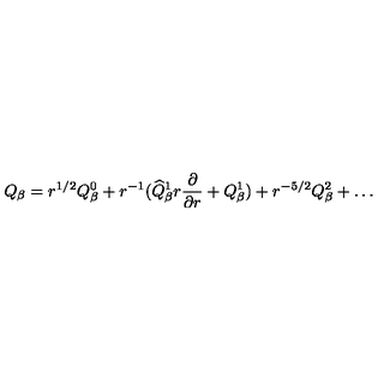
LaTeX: Q _ { \beta } = r ^ { 1 / 2 } Q _ { \beta } ^ { 0 } + r ^ { - 1 } ( \widehat { Q } _ { \beta } ^ { 1 } r \frac { \partial } { \partial r } + Q _ { \beta } ^ { 1 } ) + r ^ { - 5 / 2 } Q _ { \beta } ^ { 2 } + \ldots